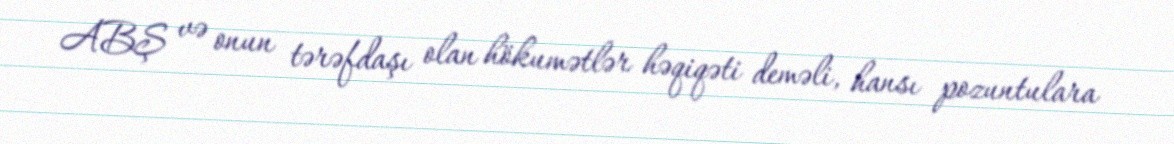
ABŞ və onun tərəfdaşı olan hökumətlər həqiqəti deməli, hansı pozuntulara